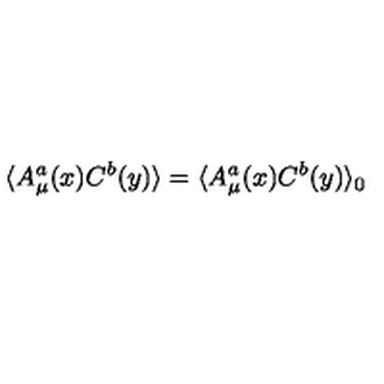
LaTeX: \langle A _ { \mu } ^ { a } ( x ) C ^ { b } ( y ) \rangle = \langle A _ { \mu } ^ { a } ( x ) C ^ { b } ( y ) \rangle _ { 0 }